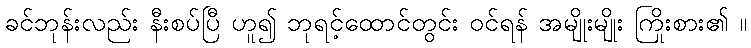
ခင်ဘုန်းလည်း နီးစပ်ပြီ ဟူ၍ ဘုရင့်ထောင်တွင်း ဝင်ရန် အမျိုးမျိုး ကြိုးစား၏ ။